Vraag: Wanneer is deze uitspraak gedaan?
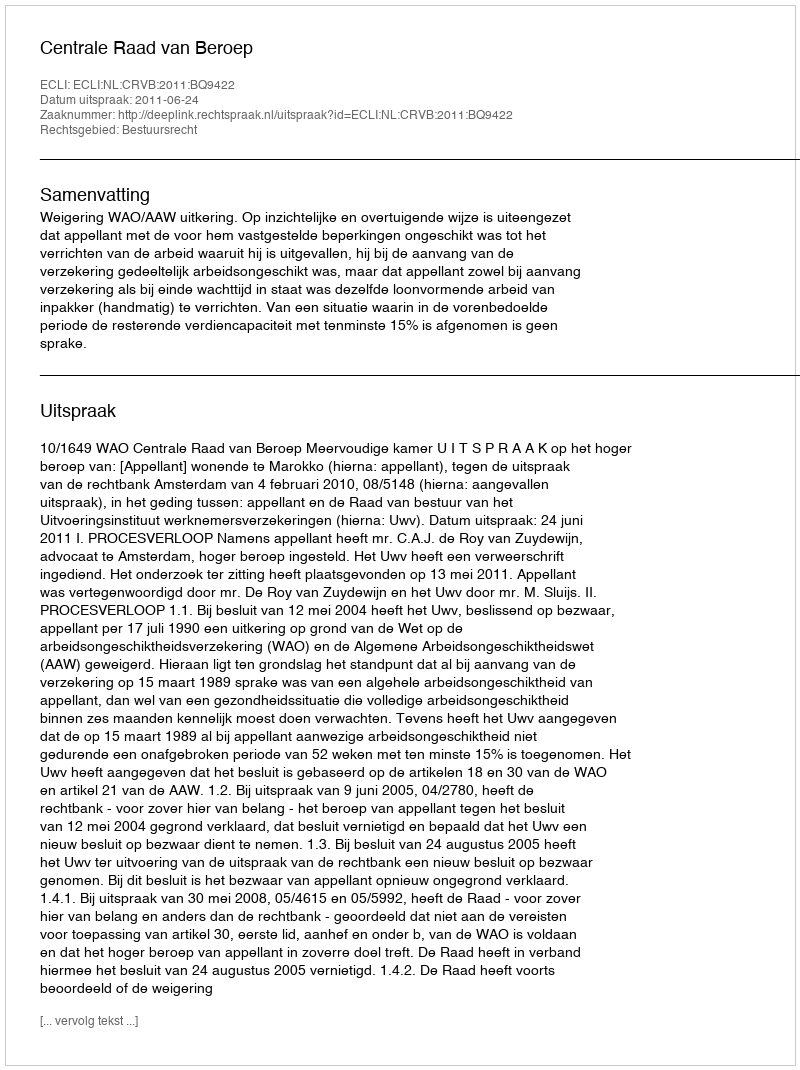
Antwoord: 2011-06-24